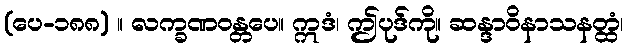
(ပေ-၁၈၈) ။ လက္ခဏဝန္တပေ။ ဣဒံ၊ ဤပုဒ်ကို။ ဆန္ဒာဝိနာသနတ္ထံ၊